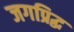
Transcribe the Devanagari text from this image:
जगप्रिद्ध